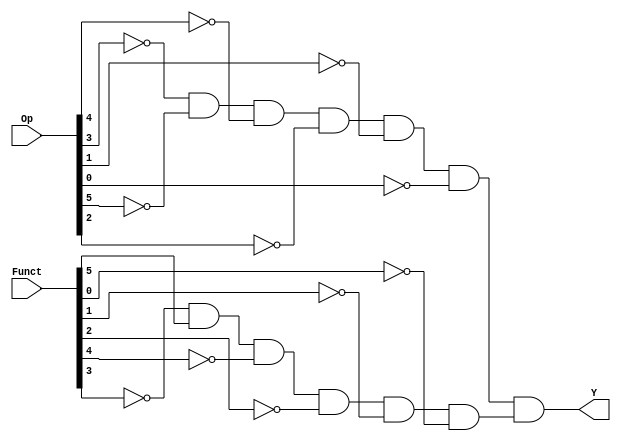
// Copyright (C) 2020  Intel Corporation. All rights reserved.
// Your use of Intel Corporation's design tools, logic functions 
// and other software and tools, and any partner logic 
// functions, and any output files from any of the foregoing 
// (including device programming or simulation files), and any 
// associated documentation or information are expressly subject 
// to the terms and conditions of the Intel Program License 
// Subscription Agreement, the Intel Quartus Prime License Agreement,
// the Intel FPGA IP License Agreement, or other applicable license
// agreement, including, without limitation, that your use is for
// the sole purpose of programming logic devices manufactured by
// Intel and sold by Intel or its authorized distributors.  Please
// refer to the applicable agreement for further details, at
// https://fpgasoftware.intel.com/eula.

// PROGRAM		"Quartus Prime"
// VERSION		"Version 20.1.1 Build 720 11/11/2020 SJ Lite Edition"
// CREATED		"Wed Aug 17 11:44:23 2022"

module ADD(
	Funct,
	Op,
	Y
);


input wire	[5:0] Funct;
input wire	[31:26] Op;
output wire	Y;

wire	isADD;
wire	isRTYPE;
wire	NOTF0;
wire	NOTF1;
wire	NOTF2;
wire	NOTF3;
wire	NOTF4;
wire	NOTOp26;
wire	NOTOp27;
wire	NOTOp28;
wire	NOTOp29;
wire	NOTOp30;
wire	NOTOp31;




assign	isRTYPE = NOTOp29 & NOTOp31 & NOTOp30 & NOTOp28 & NOTOp27 & NOTOp26;

assign	Y = isRTYPE & isADD;

assign	NOTF0 =  ~Funct[0];

assign	isADD = NOTF3 & Funct[5] & NOTF4 & NOTF2 & NOTF1 & NOTF0;

assign	NOTF1 =  ~Funct[1];

assign	NOTF2 =  ~Funct[2];

assign	NOTOp30 =  ~Op[30];

assign	NOTOp29 =  ~Op[29];

assign	NOTOp27 =  ~Op[27];

assign	NOTOp26 =  ~Op[26];

assign	NOTOp31 =  ~Op[31];

assign	NOTOp28 =  ~Op[28];

assign	NOTF4 =  ~Funct[4];

assign	NOTF3 =  ~Funct[3];


endmodule